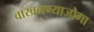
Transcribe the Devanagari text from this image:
वाखनण्याजोगा